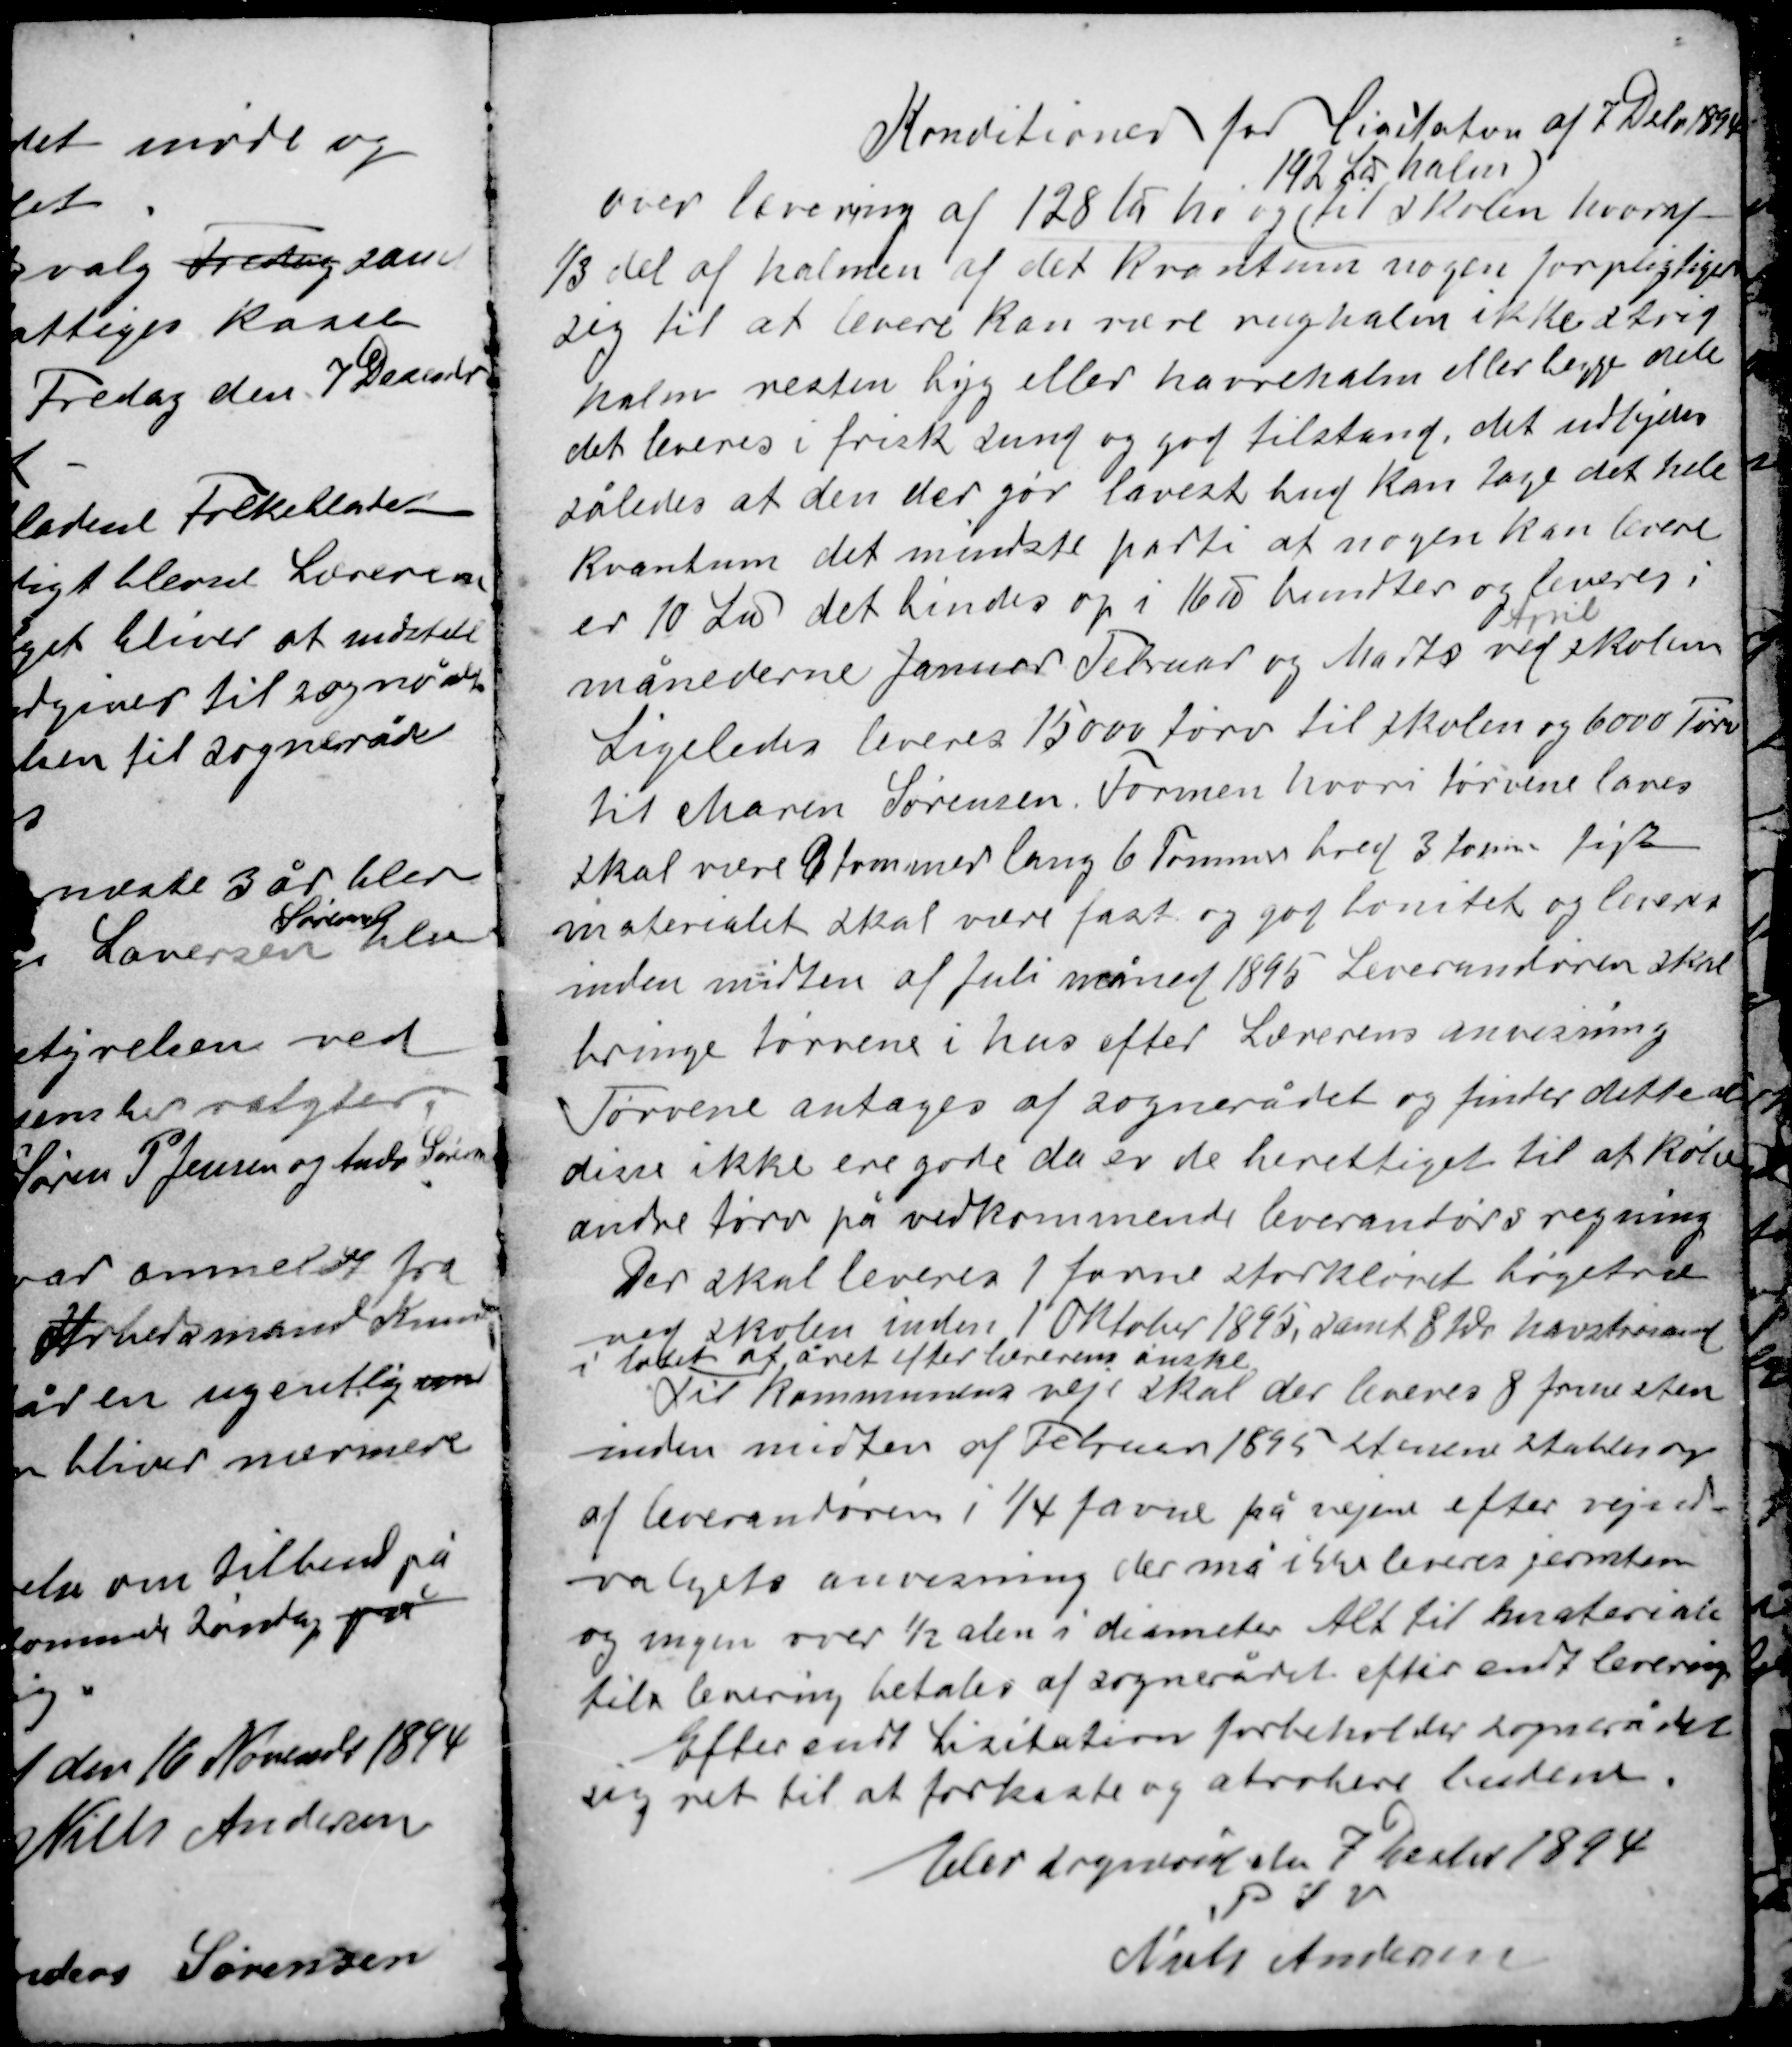
Transskription:
Konditioner for Lisitation af 7 Debr 1894

192 ℔ halm)

Over levering af 128 ℔ hø og til skolen hvoraf
⅓ del af halmen af det kvantum nogen forpligter
sig til at levere kan være rughalm ikke strid
halm resten byg eller havreham eller begge dele
det leveres i frisk sund og god tilstand det udbydes
således at den der gør lavest bud kan tage det hele
kvantum det mindste parti at nogen kan levere
er 10 ℔ det bindes op i 16 ℔ bundter og leveres i
månederne Januar Februar og Marts
April
ved skolen

Ligeledes leveres 15000 tørv til skolen og 6000 Tørv
til Maren Sørensen. Formen hvori tørvene laves
skal være 9 tommer lang 6 Tommer bred 3 tommer høj
materialet skal være fast og god bonitet og leveres
inden midten af Juli måned 1895 Leverandøren skal
bringe tørvene i hus efter Lærerens anvisning

Tørvene antages af sognerådet og finder dette at
disse ikke ere gode da er de berettiget til at købe
andre tørv på vedkommende leverandørs regning

Der skal leveres 1 favne storkløvet bøgetræ
ved skolen inden 1 Oktober 1895, samt 8 Td havstrøsand
i løbet af året efter lærerens ønske
Til kommunens veje skal der leveres 8 favne sten
inden midten af Februar 1895 stenene stables op
af leverandøren i ¼ favne på vejene efter vejud-
valgets anvisning der må ikke leveres jernsten
og ingen over ½ alen i diameter Alt til materiale
tilr levering betales af sognerådet efter endt levering
Efter endt Lisitation forbeholder sognerådet
sig ret til at forkaste og abrobere budene.

Elev sogneråd den 7 Decbr 1894
P S V
Niels Andersen